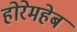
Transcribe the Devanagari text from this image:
होरेमहेब